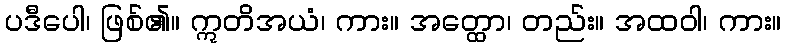
ပဒီပေါ၊ ဖြစ်၏။ ဣတိအယံ၊ ကား။ အတ္ထော၊ တည်း။ အထဝါ၊ ကား။